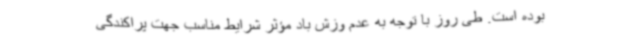
بوده است. طی روز با توجه به عدم وزش باد مؤثر شرایط مناسب جهت پراکندگی